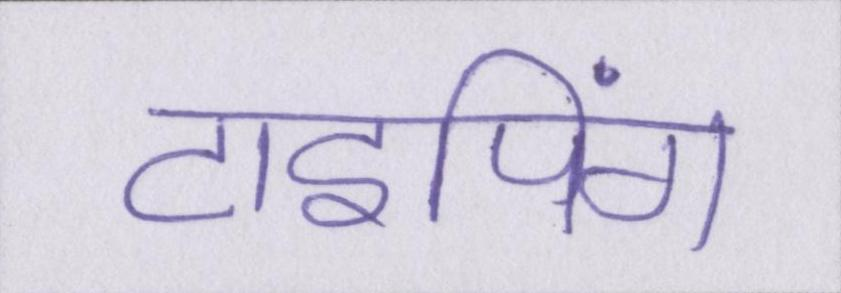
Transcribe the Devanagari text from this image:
टाइपिंग